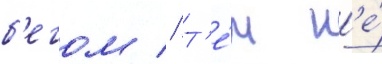
б'егом // Т'е́м н'е́